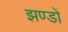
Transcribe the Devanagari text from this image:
झण्‍डों